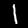
Digit: 1